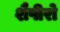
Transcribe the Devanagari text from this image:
शैपीरो